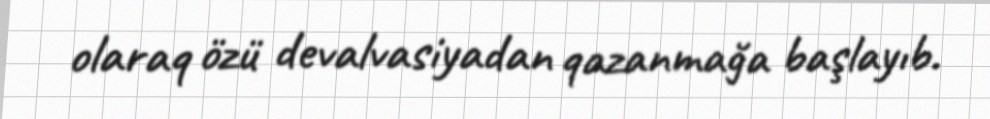
olaraq özü devalvasiyadan qazanmağa başlayıb.